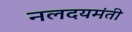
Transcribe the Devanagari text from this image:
नलदयमंती